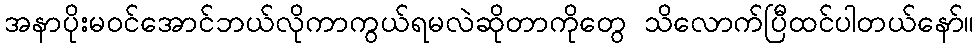
အနာပိုးမဝင်အောင်ဘယ်လိုကာကွယ်ရမလဲဆိုတာကိုတွေ သိလောက်ပြီထင်ပါတယ်နော်။